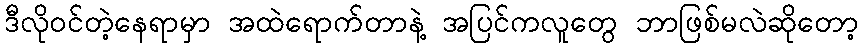
ဒီလိုဝင်တဲ့နေရာမှာ အထဲရောက်တာနဲ့ အပြင်ကလူတွေ ဘာဖြစ်မလဲဆိုတော့